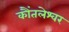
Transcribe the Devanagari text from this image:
कौंतलेश्वर